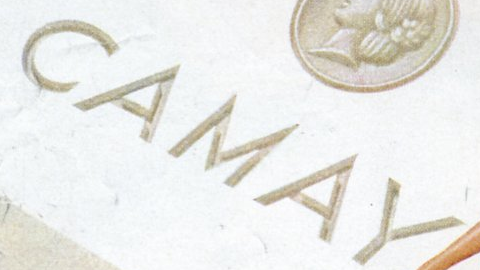
CAMAY